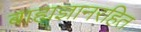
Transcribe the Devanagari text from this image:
बाह्यज्ञानरहित